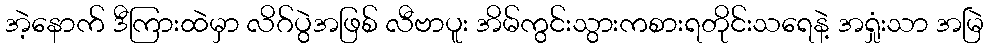
အဲ့နောက် ဒီကြားထဲမှာ လိဂ်ပွဲအဖြစ် လီဗာပူး အိမ်ကွင်းသွားကစားရတိုင်းသရေနဲ့ အရှုံးသာ အမြဲ